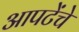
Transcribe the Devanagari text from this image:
आपटेंचे